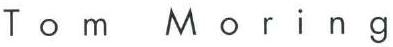
Tom Moring